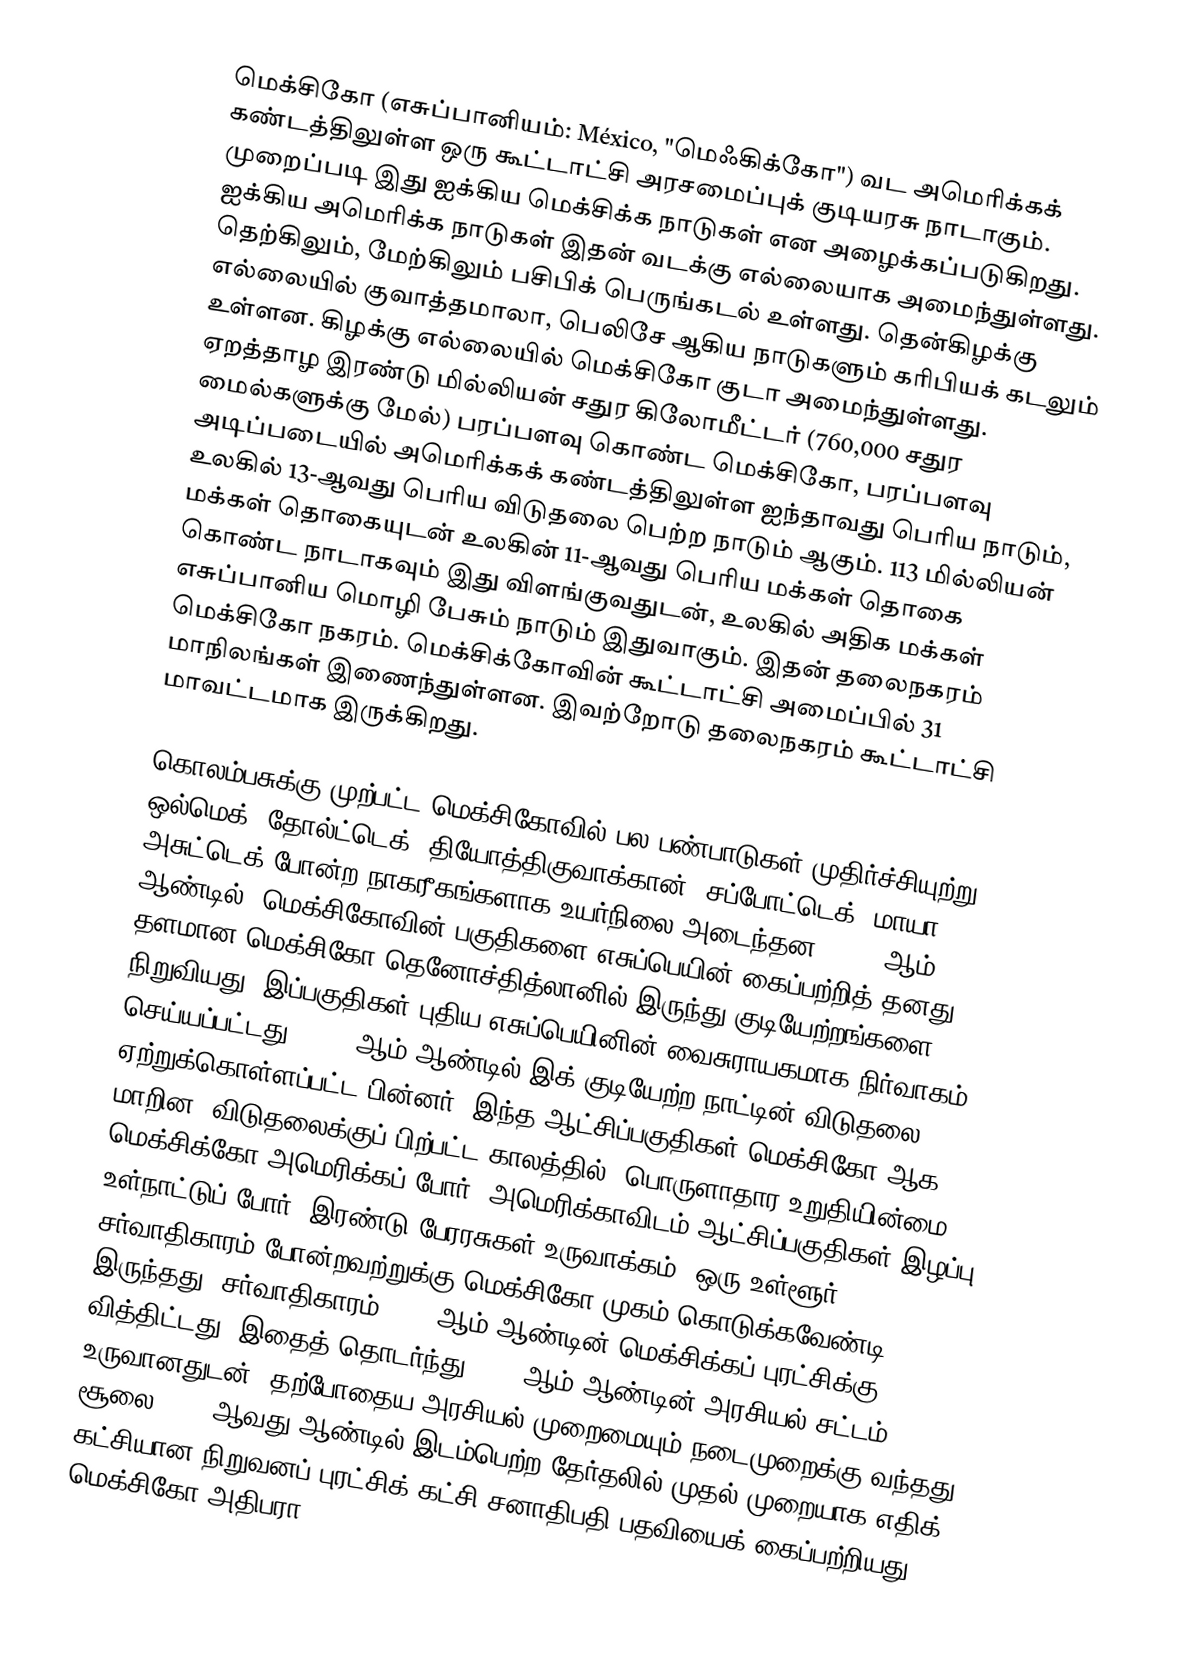
மெக்சிகோ (எசுப்பானியம்: México, "மெஃகிக்கோ") வட அமெரிக்கக் கண்டத்திலுள்ள ஒரு கூட்டாட்சி அரசமைப்புக் குடியரசு நாடாகும். முறைப்படி இது ஐக்கிய மெக்சிக்க நாடுகள் என அழைக்கப்படுகிறது. ஐக்கிய அமெரிக்க நாடுகள் இதன் வடக்கு எல்லையாக அமைந்துள்ளது. தெற்கிலும், மேற்கிலும் பசிபிக் பெருங்கடல் உள்ளது. தென்கிழக்கு எல்லையில் குவாத்தமாலா, பெலிசே ஆகிய நாடுகளும் கரிபியக் கடலும் உள்ளன. கிழக்கு எல்லையில் மெக்சிகோ குடா அமைந்துள்ளது. ஏறத்தாழ இரண்டு மில்லியன் சதுர கிலோமீட்டர் (760,000 சதுர மைல்களுக்கு மேல்) பரப்பளவு கொண்ட மெக்சிகோ, பரப்பளவு அடிப்படையில் அமெரிக்கக் கண்டத்திலுள்ள ஐந்தாவது பெரிய நாடும், உலகில் 13-ஆவது பெரிய விடுதலை பெற்ற நாடும் ஆகும். 113 மில்லியன் மக்கள் தொகையுடன் உலகின் 11-ஆவது பெரிய மக்கள் தொகை கொண்ட நாடாகவும் இது விளங்குவதுடன், உலகில் அதிக மக்கள் எசுப்பானிய மொழி பேசும் நாடும் இதுவாகும். இதன் தலைநகரம் மெக்சிகோ நகரம். மெக்சிக்கோவின் கூட்டாட்சி அமைப்பில் 31 மாநிலங்கள் இணைந்துள்ளன. இவற்றோடு தலைநகரம் கூட்டாட்சி மாவட்டமாக இருக்கிறது.

கொலம்பசுக்கு முற்பட்ட மெக்சிகோவில் பல பண்பாடுகள் முதிர்ச்சியுற்று, ஒல்மெக், தோல்ட்டெக், தியோத்திகுவாக்கான், சப்போட்டெக், மாயா, அசுட்டெக் போன்ற நாகரீகங்களாக உயர்நிலை அடைந்தன. 1521-ஆம் ஆண்டில், மெக்சிகோவின் பகுதிகளை எசுப்பெயின் கைப்பற்றித் தனது தளமான மெக்சிகோ-தெனோச்தித்லானில் இருந்து குடியேற்றங்களை நிறுவியது. இப்பகுதிகள் புதிய எசுப்பெயினின் வைசுராயகமாக நிர்வாகம் செய்யப்பட்டது. 1821-ஆம் ஆண்டில் இக் குடியேற்ற நாட்டின் விடுதலை ஏற்றுக்கொள்ளப்பட்ட பின்னர், இந்த ஆட்சிப்பகுதிகள் மெக்சிகோ ஆக மாறின. விடுதலைக்குப் பிற்பட்ட காலத்தில், பொருளாதார உறுதியின்மை, மெக்சிக்கோ-அமெரிக்கப் போர், அமெரிக்காவிடம் ஆட்சிப்பகுதிகள் இழப்பு, உள்நாட்டுப் போர், இரண்டு பேரரசுகள் உருவாக்கம், ஒரு உள்ளூர் சர்வாதிகாரம் போன்றவற்றுக்கு மெக்சிகோ முகம் கொடுக்கவேண்டி இருந்தது. சர்வாதிகாரம் 1910-ஆம் ஆண்டின் மெக்சிக்கப் புரட்சிக்கு வித்திட்டது. இதைத் தொடர்ந்து 1917-ஆம் ஆண்டின் அரசியல் சட்டம் உருவானதுடன், தற்போதைய அரசியல் முறைமையும் நடைமுறைக்கு வந்தது. சூலை 2000-ஆவது ஆண்டில் இடம்பெற்ற தேர்தலில் முதல் முறையாக எதிக் கட்சியான நிறுவனப் புரட்சிக் கட்சி சனாதிபதி பதவியைக் கைப்பற்றியது. மெக்சிகோ அதிபரா